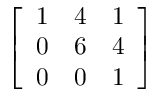
\left[ \begin{array} { l l l } { 1 } & { 4 } & { 1 } \\ { 0 } & { 6 } & { 4 } \\ { 0 } & { 0 } & { 1 } \end{array} \right]